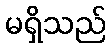
မရှိသည်